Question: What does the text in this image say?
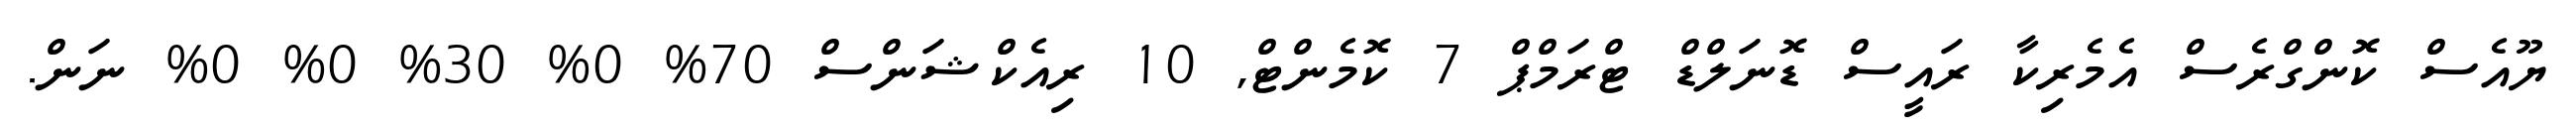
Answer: ޔޫއެސް ކޮންގްރެސް އެމެރިކާ ރައީސް ޑޮނަލްޑް ޓްރަމްޕް 7 ކޮމެންޓް, 10 ރިއެކްޝަންސް 70% 0% 30% 0% 0% ނަން.